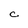
Character: C